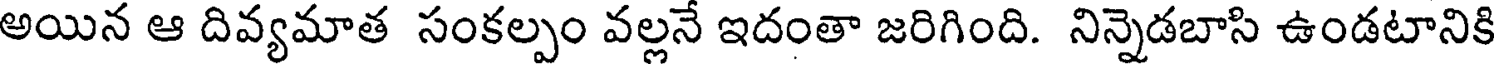
అయిన ఆ దివ్యమాత సంకల్పం వల్లనే ఇదంతా జరిగింది. నిన్నెడబాసి ఉండటానికి